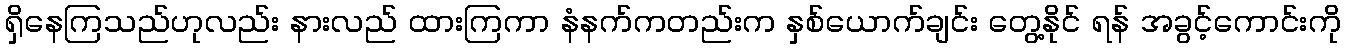
ရှိနေကြသည်ဟုလည်း နားလည် ထားကြကာ နံနက်ကတည်းက နှစ်ယောက်ချင်း တွေ့နိုင် ရန် အခွင့်ကောင်းကို